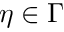
\eta \in \Gamma